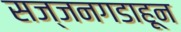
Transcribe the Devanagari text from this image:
सज्जनगडाहून